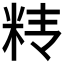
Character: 𰪱